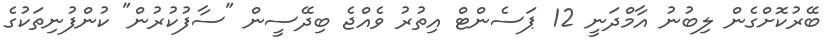
ބޭރުކޮށްގެން ލިބުނު އާމްދަނީ 12 ޕަސެންޓް އިތުރު ވެއްޖެ ބިދޭސީން "ސާފުކުރުން" ކުންފުނިތަކުގެ